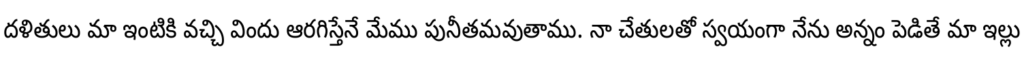
దళితులు మా ఇంటికి వచ్చి విందు ఆరగిస్తేనే మేము పునీతమవుతాము. నా చేతులతో స్వయంగా నేను అన్నం పెడితే మా ఇల్లు